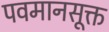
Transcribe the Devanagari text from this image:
पवमानसूक्त